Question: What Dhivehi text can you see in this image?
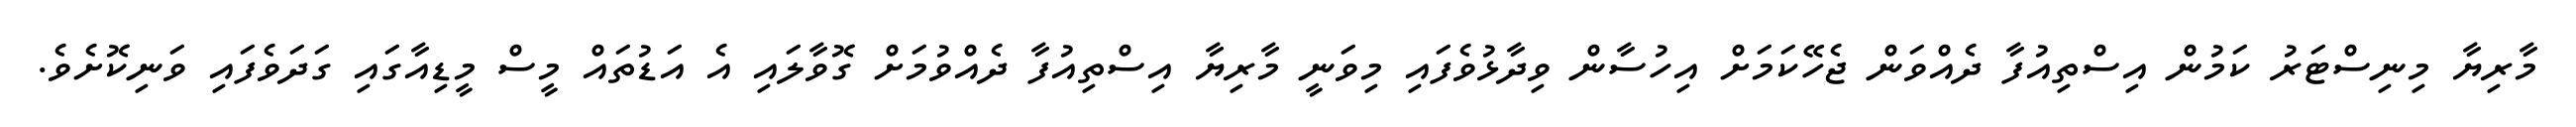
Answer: މާރިޔާ މިނިސްޓަރު ކަމުން އިސްތިއުފާ ދެއްވަން ޖެހޭކަމަށް އިހުސާން ވިދާޅުވެފައި މިވަނީ މާރިޔާ އިސްތިއުފާ ދެއްވުމަށް ގޮވާލައި އެ އަޑުތައް މީސް މީޑިއާގައި ގަދަވެފައި ވަނިކޮށެވެ.